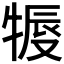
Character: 𤚨